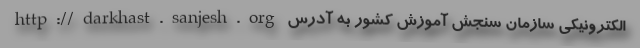
الکترونیکی سازمان سنجش آموزش کشور به آدرس http://darkhast.sanjesh.org